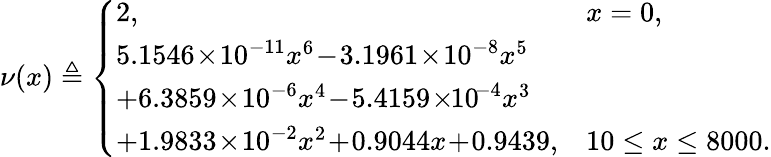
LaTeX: \begin{array}{r}{\nu(x)\triangleq\left\{ \begin{array}{ll}{2,}&{x=0,}\\ {5.1546\! \times\! 10^{-11}x^{6}\! -\! 3.1961\! \times\! 10^{-8}x^{5}}\\ {+6.3859\! \times\! 10^{-6}x^{4}\! -\! 5.4159\! \times\! \! 10^{\! -4}x^{3}}\\ {+1.9833\! \times\! 10^{-2}x^{2}\! +\! 0.9044x\! +\! 0.9439,}&{10\leq x\leq 8000.}\end{array}\right.}\end{array}